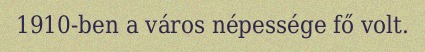
1910-ben a város népessége fő volt.